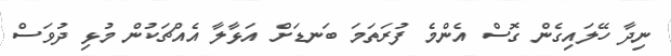
ނިދާ ހޭލައިގެން ގޮސް އެންމެ ފުރަތަމަ ބަނޑަށް އަޅާލާ އެއްޗަކުން މުޅި ދުވަސް